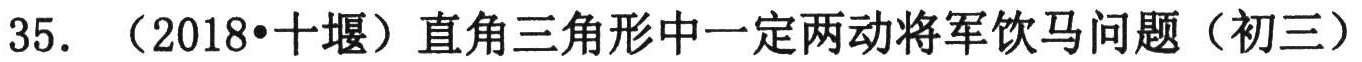
35. （2018•十堰）直角三角形中一定两动将军饮马问题（初三）